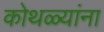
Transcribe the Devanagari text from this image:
कोथळ्यांना